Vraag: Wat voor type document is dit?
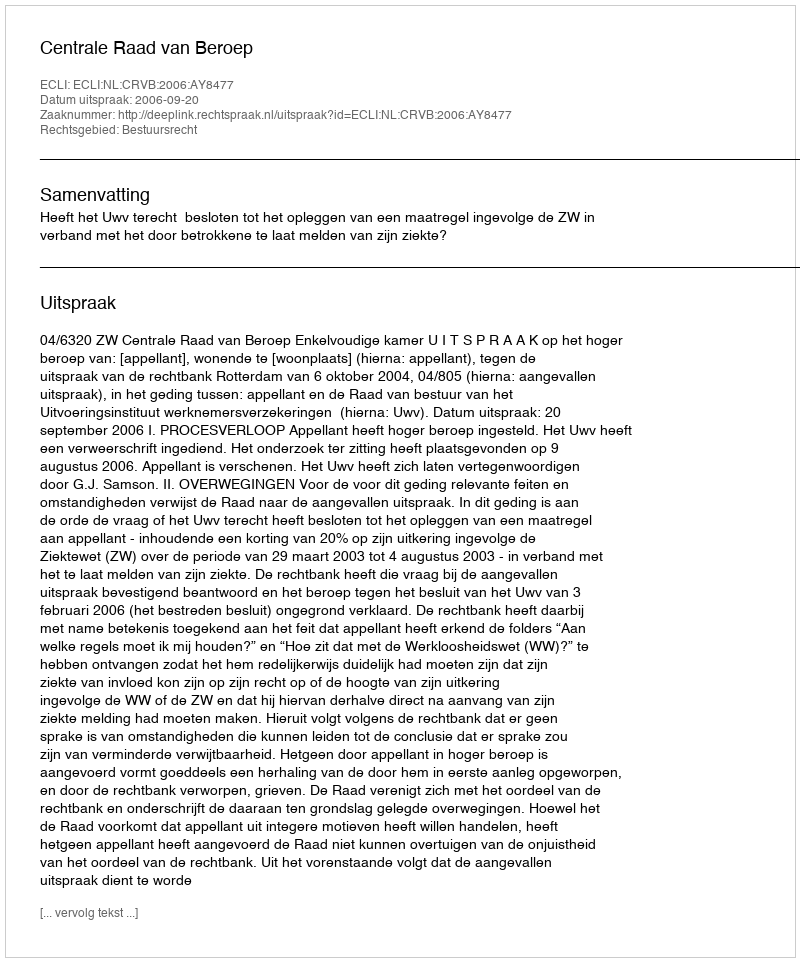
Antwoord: Uitspraak